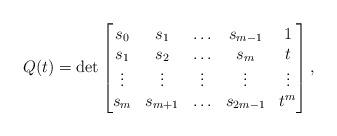
LaTeX: \begin{align*}Q(t) = \det\begin{bmatrix}s_0 & s_1 & \ldots & s_{m-1} & 1\\s_1 & s_2 & \ldots & s_{m} & t\\\vdots & \vdots & \vdots & \vdots & \vdots\\s_{m} & s_{m+1} & \ldots & s_{2m-1} & t^{m}\end{bmatrix},\end{align*}